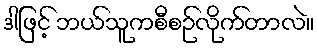
ဒါဖြင့် ဘယ်သူကစီစဉ်လိုက်တာလဲ။